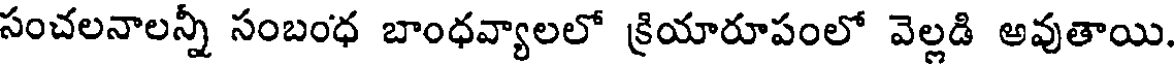
సంచలనాలన్నీ సంబంధ బాంధవ్యాలలో క్రియారూపంలో వెల్లడి అవుతాయి.